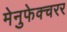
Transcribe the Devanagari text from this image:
मेनुफेक्चरर